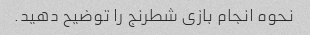
نحوه انجام بازی شطرنج را توضیح دهید.